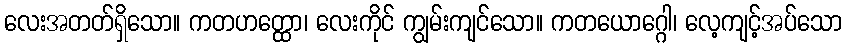
လေးအတတ်ရှိသော။ ကတဟတ္ထော၊ လေးကိုင် ကျွမ်းကျင်သော။ ကတယောဂ္ဂေါ၊ လေ့ကျင့်အပ်သော